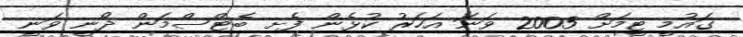
ގައުމީ ޓީމަށް 2005 ވަނަ އަހަރު ކުޅެން ފެށި ބެޓްސްމަން ދޯނީ ވަނީ